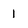
Character: 1